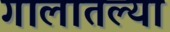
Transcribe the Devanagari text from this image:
गालातल्या